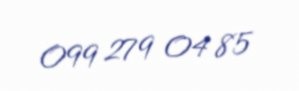
099 279 04 85